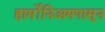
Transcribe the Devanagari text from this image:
हार्मोनिअमपासून